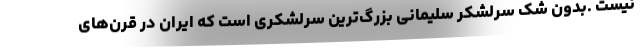
نیست .بدون شک سرلشکر سلیمانی بزرگ‌ترین سرلشکری است که ایران در قرن‌های